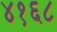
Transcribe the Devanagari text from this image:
४१६८